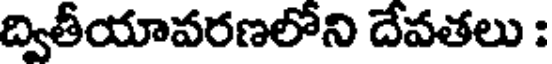
ద్వితీయావరణలోని దేవతలు :